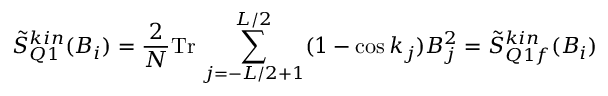
\tilde { S } _ { Q 1 } ^ { k i n } ( B _ { i } ) = \frac { 2 } { N } \mathrm { T r } \, \sum _ { j = - L / 2 + 1 } ^ { L / 2 } ( 1 - \cos k _ { j } ) B _ { j } ^ { 2 } = \tilde { S } _ { Q 1 f } ^ { k i n } ( B _ { i } )